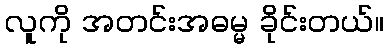
လူကို အတင်းအဓမ္မ ခိုင်းတယ်။